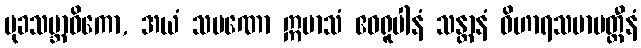
မုခသမ္ဘာဝိကော, အယံ သမဏော ဣမာသံ ဧဝရူပါနံ သန္တာနံ ဝိဟာရသမာပတ္တီနံ